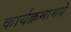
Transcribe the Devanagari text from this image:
कार्यक्रमामधे